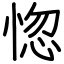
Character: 惚